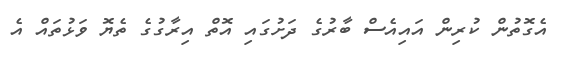
އެގޮތުން ކުރިން އައިއެސް ބާރުގެ ދަށުގައި އޮތް އިރާގުގެ ތެޔޮ ވަޅުތައް އެ